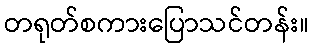
တရုတ်စကားပြောသင်တန်း။